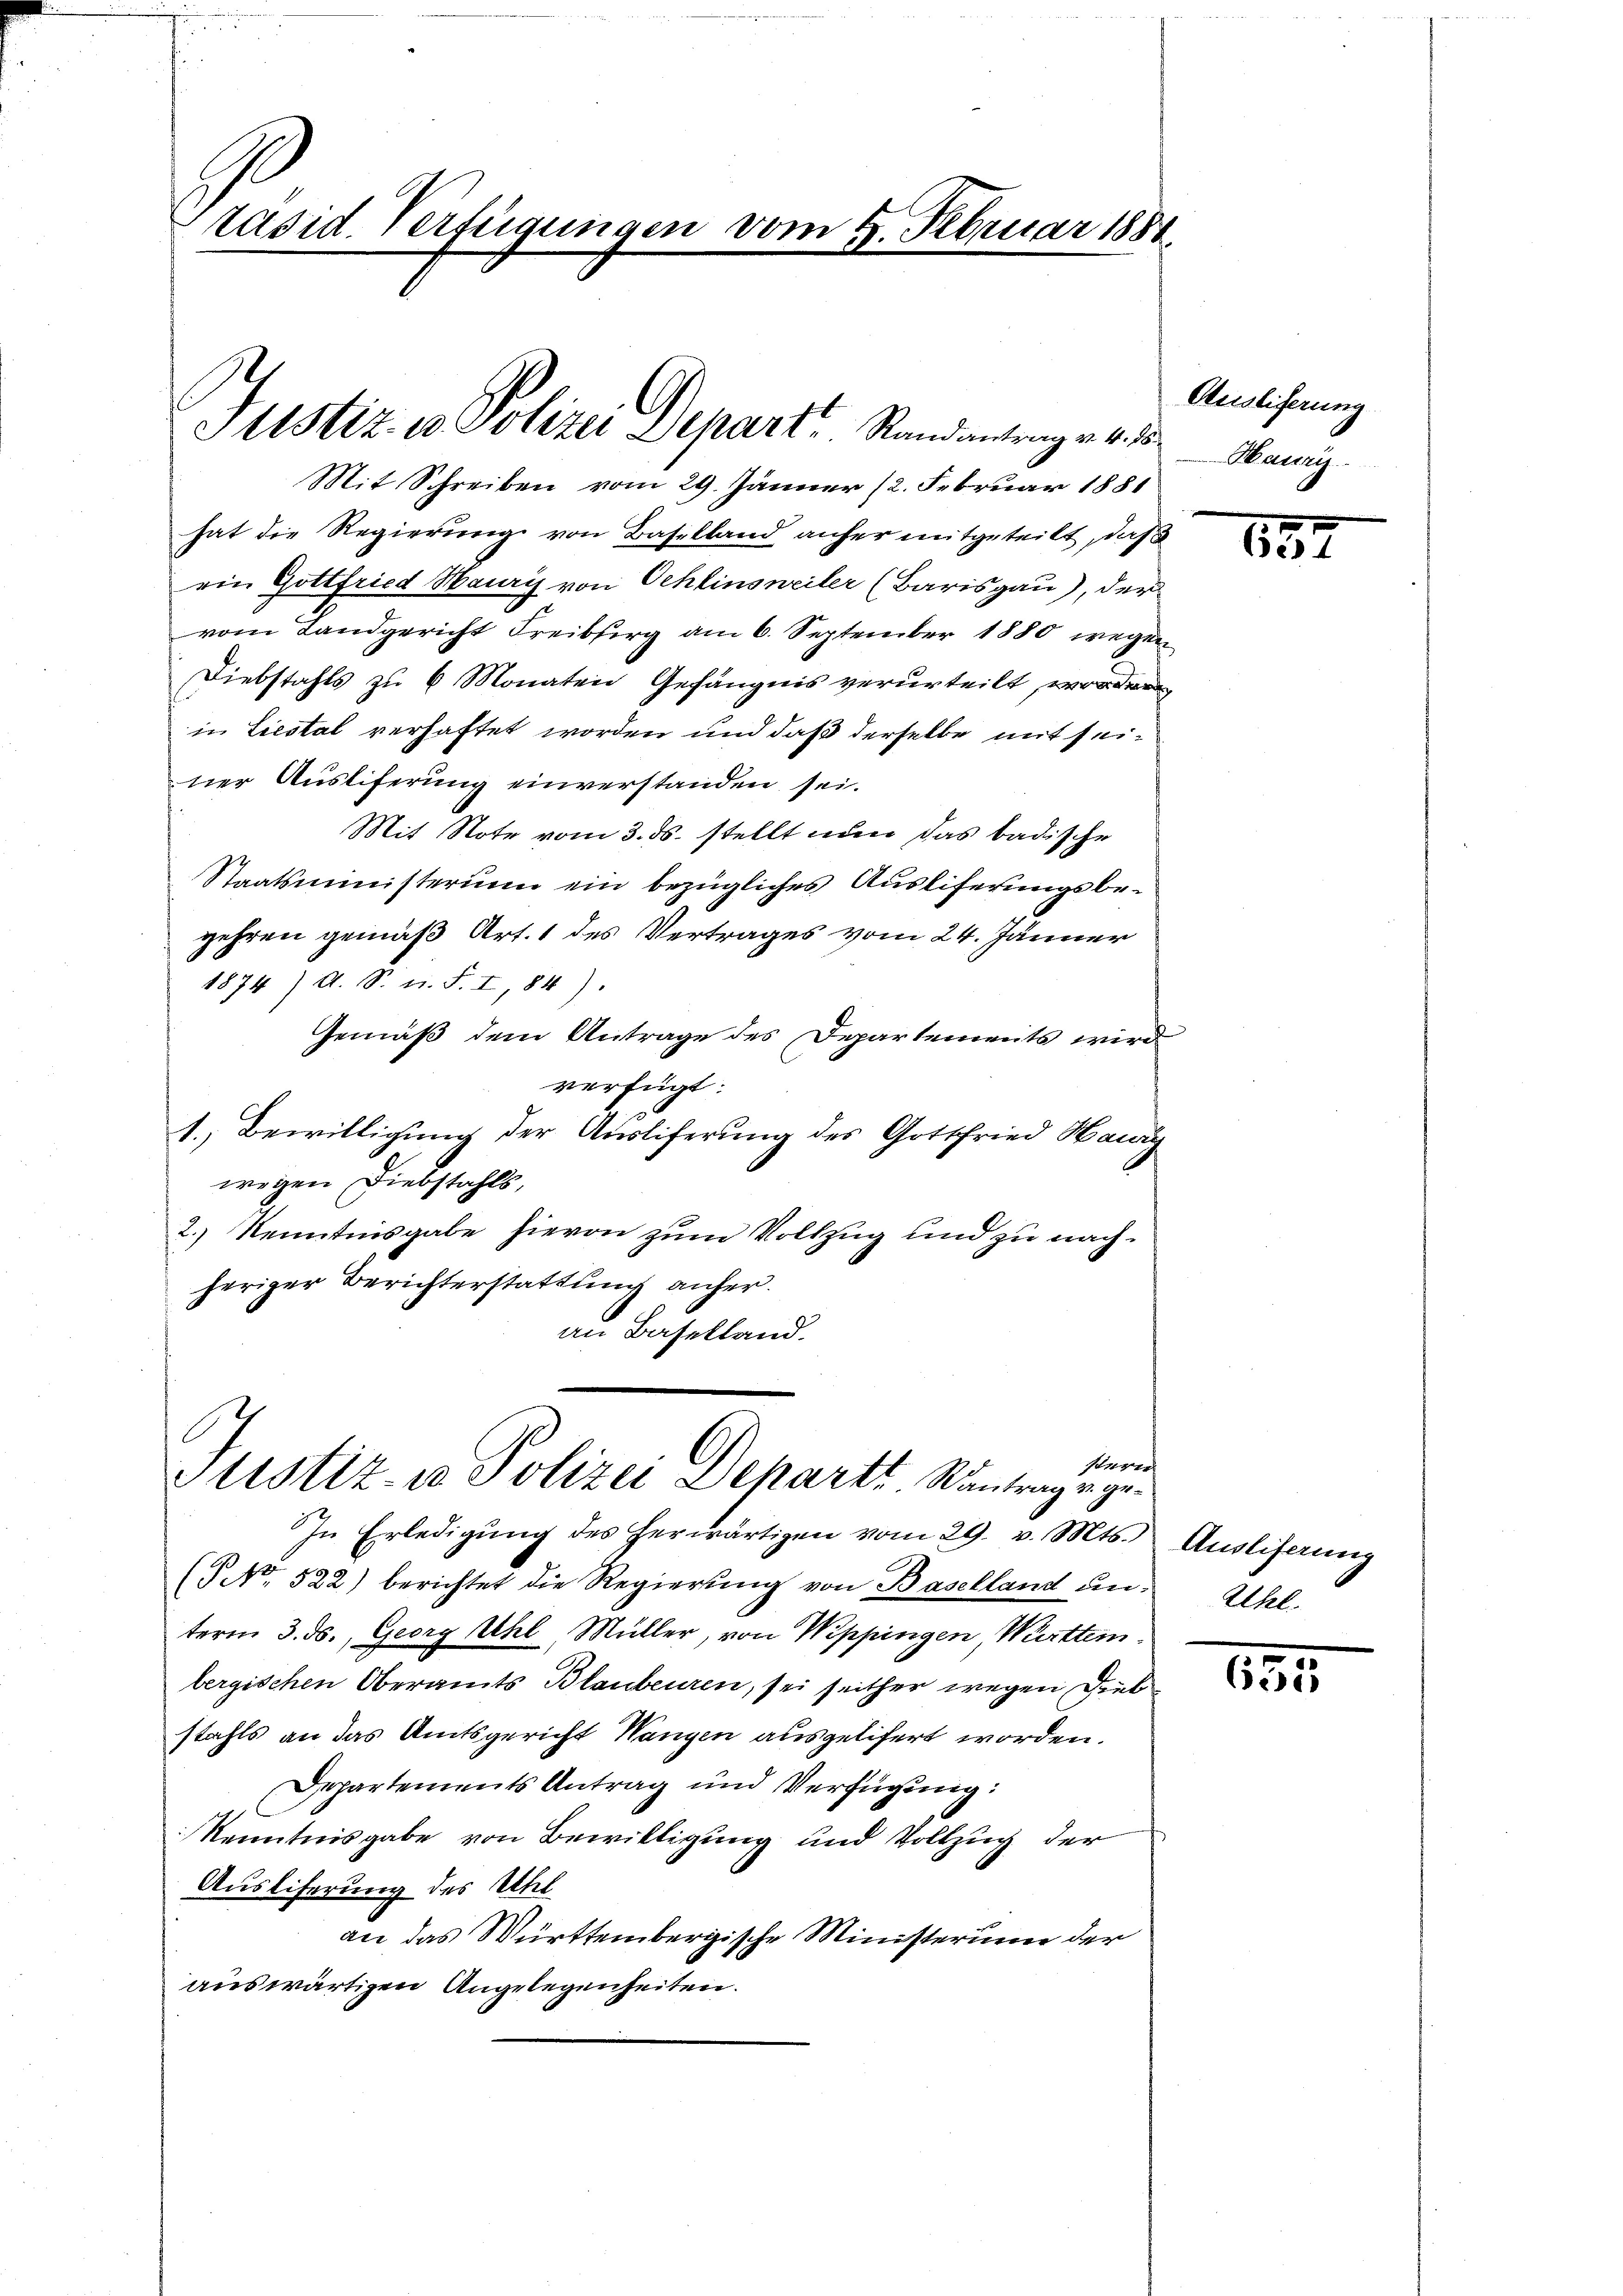
Präsid. Verfügungen vom 5. Februar 1881.

Justiz- u Polizei Depart Randantrag v. 4. 25 Hawry

Perger
Stistiz- u Polizei Departi antrage ge¬
In Erledigung des herwärtigen vom 29. v. Mts. Ausliserung

Mit Schreiben vom 29. Jänner (2. Februar 1881
hat die Regierung von Baselland anher mitgeteilt, daß
ein Gottfried Mauris von Schlinsweiler (Barisgau), der
vom Landgericht Freiberg am 6. September 1880 wegen
Diebstahls zu 6 Monaten Gefängnis verurteilt, worden
in Liestal verhaftet worden und daß derselbe mit seiner Auslieferung einverstanden sei.
Mit Note vom 3. ds. stellt nun das badische
Staatsministerium ein bezügliches Ausliferungsbegehren gemäß Art. 1 des Vertrages vom 24. Jänner
1874) A. S. u. F. I, 84).
Gemäß dem Antrage des Departements wird
verfügt:
1. Bewilligung der Auslieferung des Gottfried Hawry
wegen Diebstahls,
2.) Kenntnisgabe hievon zum Vollzug und zu nachheriger Berichterstattung anher.
an Baselland.

(NNo. 522) berichtet die Regierŭng von Baselland ŭn. Allel
term 3. ds., Georg Uhl, Müller, von Wippingen, Württembergischen Oberamts Blaubeuren, sei seither wegen Diebstahls an das Amtsgericht Wangen ausgelifert worden.
Departements Antrag und Verfügung:
Kenntnisgabe von Bewilligung und Vollzug der
Ausliferung des Uhl
an das Württembergische Ministerum der
auswärtigen Angelegenheiten.

Ausliferung

137

835